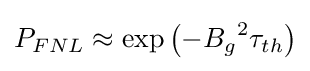
P_{FNL}\approx \mathrm {exp} \left(-{B_{g}}^{2}\tau _{th}\right)